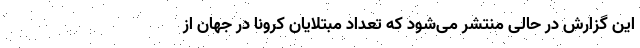
این گزارش در حالی منتشر می‌شود که تعداد مبتلایان کرونا در جهان از